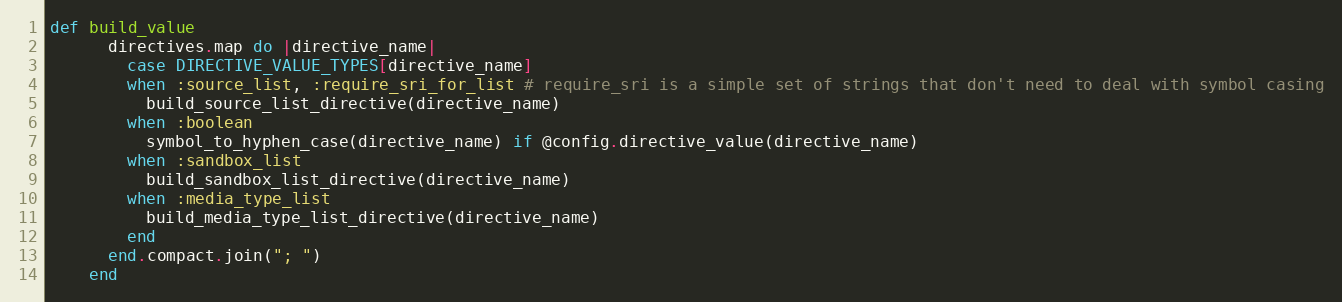
Language: Ruby
def build_value
      directives.map do |directive_name|
        case DIRECTIVE_VALUE_TYPES[directive_name]
        when :source_list, :require_sri_for_list # require_sri is a simple set of strings that don't need to deal with symbol casing
          build_source_list_directive(directive_name)
        when :boolean
          symbol_to_hyphen_case(directive_name) if @config.directive_value(directive_name)
        when :sandbox_list
          build_sandbox_list_directive(directive_name)
        when :media_type_list
          build_media_type_list_directive(directive_name)
        end
      end.compact.join("; ")
    end